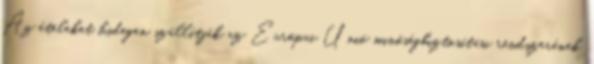
Az ételeket hidegen szállítják az Európai Unió minőségbiztosítási rendszerének